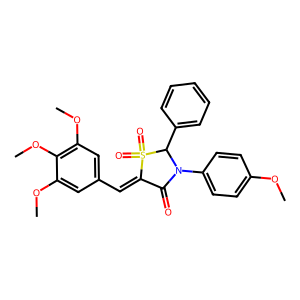
SMILES: COc1ccc(N2C(=O)C(=Cc3cc(OC)c(OC)c(OC)c3)S(=O)(=O)C2c2ccccc2)cc1
Inhibits HIV replication: No